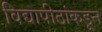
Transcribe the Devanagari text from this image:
विद्यापीठांकडून